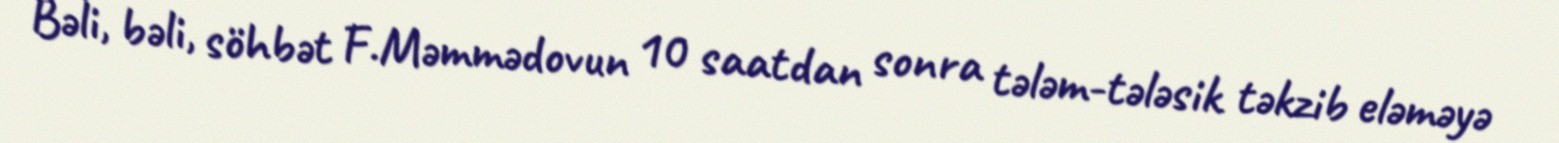
Bəli, bəli, söhbət F.Məmmədovun 10 saatdan sonra tələm-tələsik təkzib eləməyə